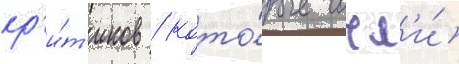
кр'и́т'иков / кото́рые сочл'и́